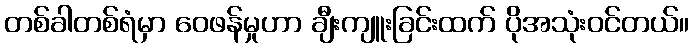
တစ်ခါတစ်ရံမှာ ဝေဖန်မှုဟာ ချီးကျူးခြင်းထက် ပိုအသုံးဝင်တယ်။